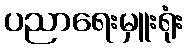
ပညာရေးမှူးရုံး